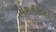
વિશનસર